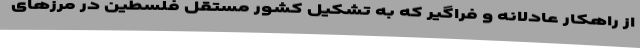
از راهکار عادلانه و فراگیر که به تشکیل کشور مستقل فلسطین در مرزهای